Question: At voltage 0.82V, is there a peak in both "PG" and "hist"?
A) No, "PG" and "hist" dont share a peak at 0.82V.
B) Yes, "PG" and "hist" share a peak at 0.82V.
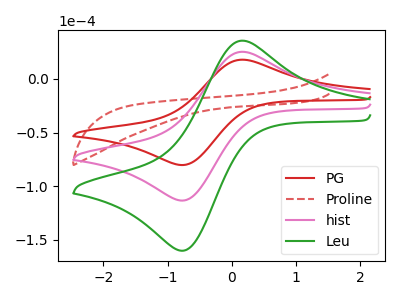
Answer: <think>The red curve "PG" has an anodic peak at (0.15V, 17.80uA) and a cathodic peak at (-0.75V, -80.05uA). The red dashed curve "Proline" has no peaks. The pink curve "hist" has an anodic peak at (0.15V, 25.15uA) and a cathodic peak at (-0.75V, -113.05uA). The green curve "Leu" has an anodic peak at (0.15V, 50.30uA) and a cathodic peak at (-0.75V, -226.05uA).</think>
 <answer>A) No, "PG" and "hist" dont share a peak at 0.82V.</answer>
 <eval>A</eval>